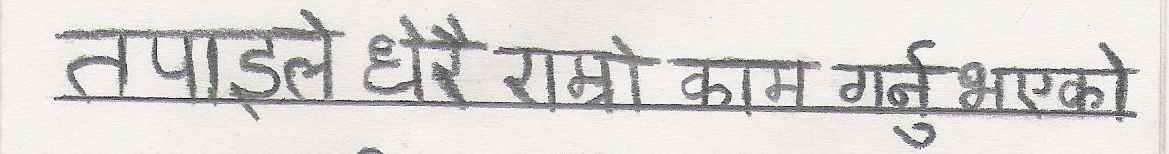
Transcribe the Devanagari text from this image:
तपाइले धेरै राम्रो काम गर्नु भएको छ।